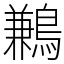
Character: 鶼